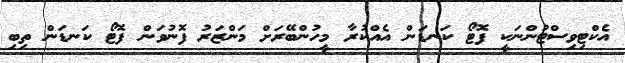
އެކްޓިވިސްޓުންނަކީ ފޮޓޯ ކަނޑަން އެއްކުރާ މީހުންބޭރަށް މަންޒަރު ފޮނުވަން ފޮޓޯ ކަނޑަން ތިބި